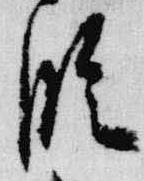
臨